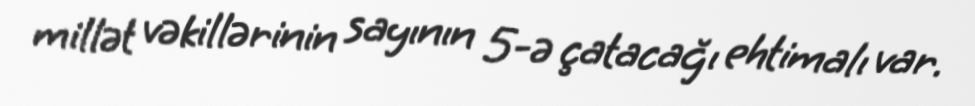
millət vəkillərinin sayının 5-ə çatacağı ehtimalı var.